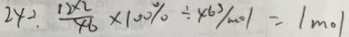
2 \times 2 . \frac { 1 2 \times 2 } { 4 6 } \times 1 0 0 \% \div 4 6 ^ { 3 } / m o l = 1 m o l